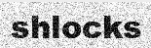
shlocks